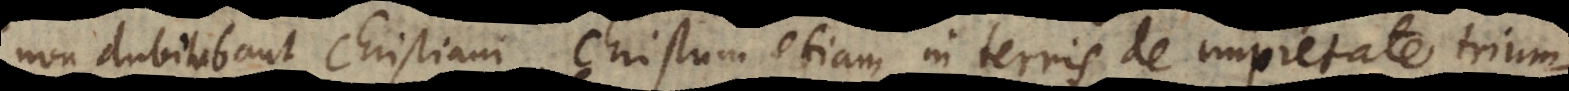
non dubitabant Christiani, Christum etiam in terris de impietate trium